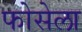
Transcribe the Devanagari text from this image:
फोसेला